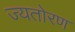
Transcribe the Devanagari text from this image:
ज्यतोरण